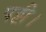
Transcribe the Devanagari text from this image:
पट्टी।